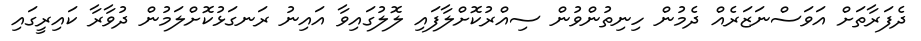
ދެފަރާތަށް އަވަސްނަޒަރެއް ދެމުން ހިނިތުންވުން ސިއްރުކޮށްލާފައި ލޮލުގައިވާ އައިނު ރަނގަޅުކޮށްލަމުން ދުވާރާ ކައިރީގައި